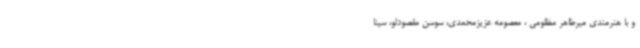
و با هنرمندی میرطاهر مظلومی ، معصومه عزیزمحمدی، سوسن مقصودلو، سینا